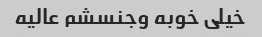
خیلی خوبه وجنسشم عالیه